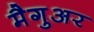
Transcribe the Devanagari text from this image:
मैगुअर